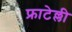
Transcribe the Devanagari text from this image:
फ्राटेल्ली